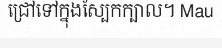
ជ្រៅទៅក្នុងស្បែកក្បាល។ Mau